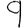
Digit: 9